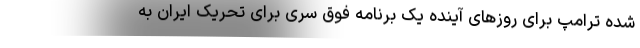
شده ترامپ برای روزهای آینده یک برنامه فوق سری برای تحریک ایران به